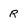
Character: R